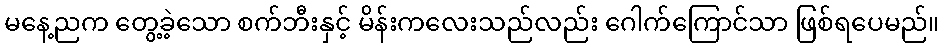
မနေ့ညက တွေ့ခဲ့သော စက်ဘီးနှင့် မိန်းကလေးသည်လည်း ဂေါက်ကြောင်သာ ဖြစ်ရပေမည်။